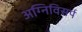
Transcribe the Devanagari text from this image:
अग्निविसर्प